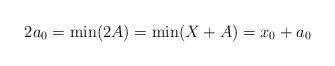
LaTeX: \begin{align*}2a_0 = \min(2A) = \min(X+A) = x_0 + a_0\end{align*}